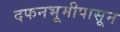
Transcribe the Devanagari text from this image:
दफनभूमीपासून